system: You are a helpful assistant.
user:
Analyze the provided spectrum to determine if it is a **"Cataclysmic Variables (CV)"**.

- **Key Indicators for CV (Check for either state):**
    - **State 1: Quiescent / Low-State (Emission-Dominated)**
        - **(Primary):** Strong and *very broad* Hydrogen Balmer emission lines (e.g., $H\alpha$ at 6563 Å, $H\beta$ at 4861 Å). The 'broadness' (high velocity dispersion, often FWHM > 1000 km/s) is the key diagnostic, indicating a high-velocity accretion disk.
        - **(Secondary):** Broad neutral Helium (He I) emission lines (e.g., 5876 Å, 6678 Å).
        - **(Key Confirmation):** Presence of high-excitation *ionized* Helium (He II) emission at 4686 Å. This is a strong indicator of accretion onto a white dwarf.
        - **(Line Profile):** Emission lines may exhibit a 'double-peaked' profile, which is a classic signature of a rotating accretion disk viewed at high inclination.

    - **State 2: Outburst / High-State (Absorption-Dominated)**
        - **(Primary):** Spectrum is dominated by a bright, blue continuum (looks like a hot star).
        - **(Secondary):** The emission lines from State 1 are weak, absent, or 'filled in', and are replaced by broad, shallow *absorption* lines (primarily Balmer and He I).
        - **(Morphology):** The overall spectrum mimics a hot B/A-type star. The crucial difference is that the absorption lines are significantly broader, shallower, and more 'washed-out' (or 'smeared') than the sharp lines of a normal stellar photosphere, due to high rotational speeds and pressure broadening in the disk.

Think first, call **spectral_visualization_tool** if needed to examine features in detail, then provide your final answer. Your response must adhere to the following strict rules:
1.  **Overall Structure:** Your response must follow the format `<think>...</think> <tool_call>...</tool_call> (if a tool is used) <answer>...</answer>`.
2.  **Tool Usage Constraint:** You may only make **one** tool call per turn.
3.  **Final Answer Format:** In the `<answer>` tag, your conclusion must be inside a `\boxed{}` command (e.g., `\boxed{YES}`), followed by your justification.

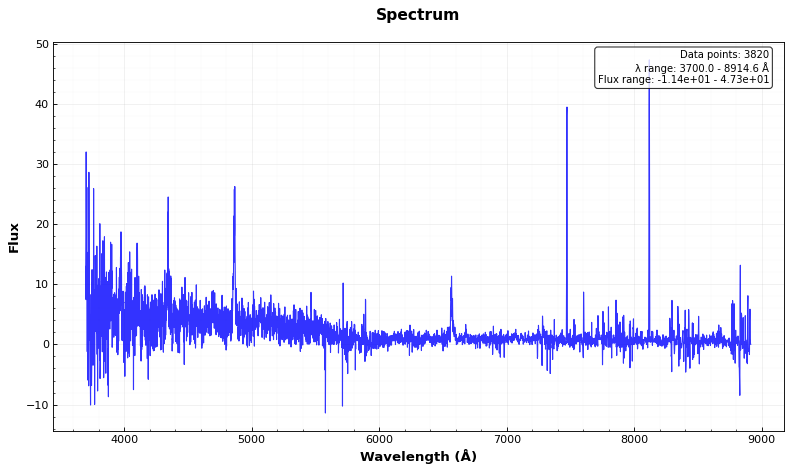
Answer: YES